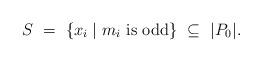
LaTeX: \begin{align*}\begin{minipage}[c]{35pc}$S\ =\ \{x_i\mid m_i$ is odd$\}\ \subseteq\ |P_0|.$\end{minipage}\end{align*}